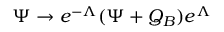
\Psi \to e ^ { - \Lambda } ( \Psi + Q _ { B } ) e ^ { \Lambda }